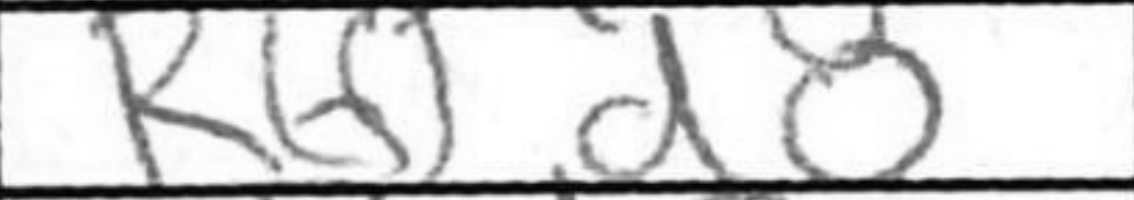
Transcription: Rfd8